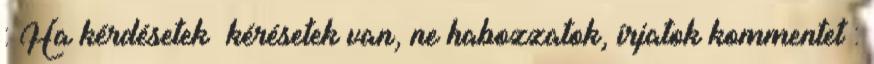
: Ha kérdésetek kérésetek van, ne habozzatok, írjatok kommentet :